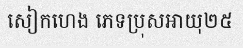
សៀកហេង ភេទប្រុសអាយុ២៥